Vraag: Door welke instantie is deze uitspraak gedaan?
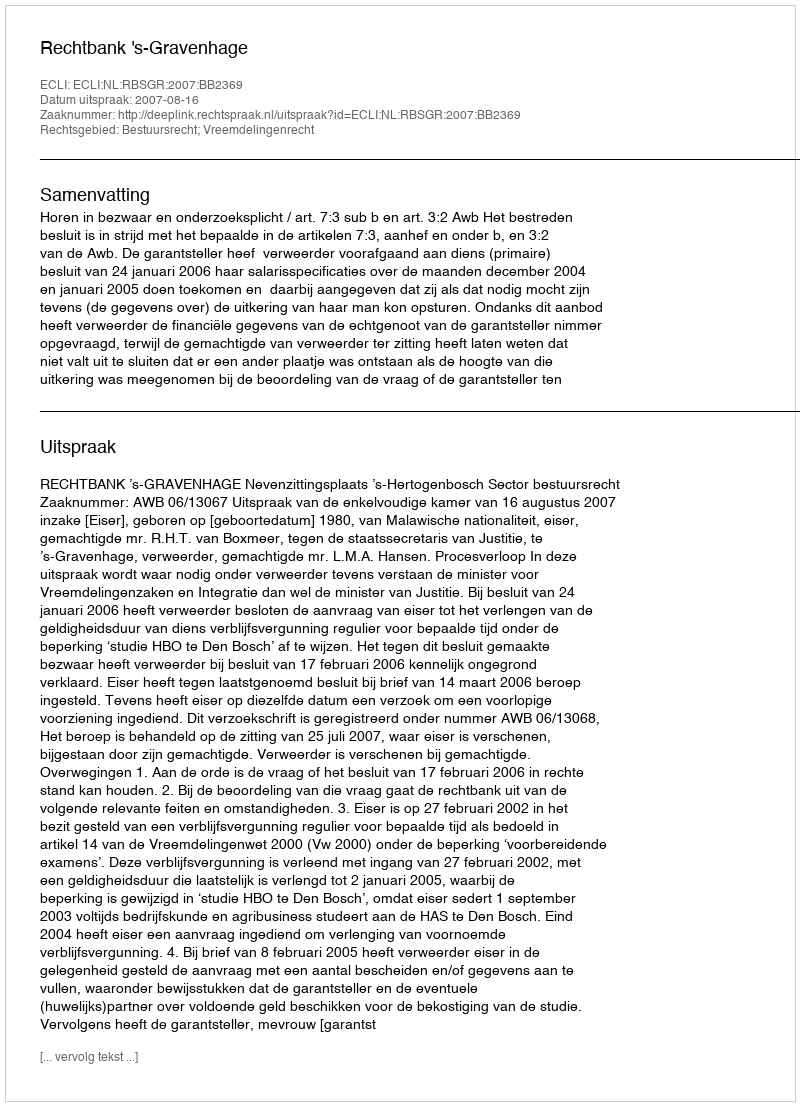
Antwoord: Rechtbank 's-Gravenhage